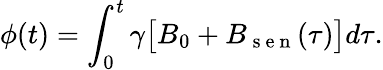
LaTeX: \phi(t)=\int_{0}^{t}\gamma\big[B_{0}+B_{\mathrm{~s~e~n~}}(\tau)\big]d\tau.